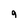
Character: 9